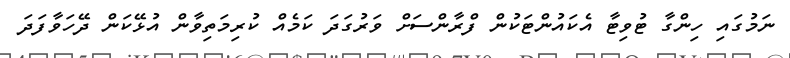
ނަމުގައި ހިންގާ ޓުވިޓާ އެކައުންޓަކުން ފްރާންސަށް ވަރުގަދަ ކަމެއް ކުރިމަތިވާން އުޅޭކަން ދޭހަވާފަދަ